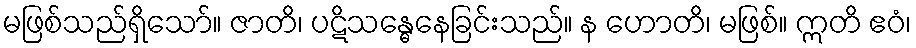
မဖြစ်သည်ရှိသော်။ ဇာတိ၊ ပဋိသန္ဓေနေခြင်းသည်။ န ဟောတိ၊ မဖြစ်။ ဣတိ ဧဝံ၊